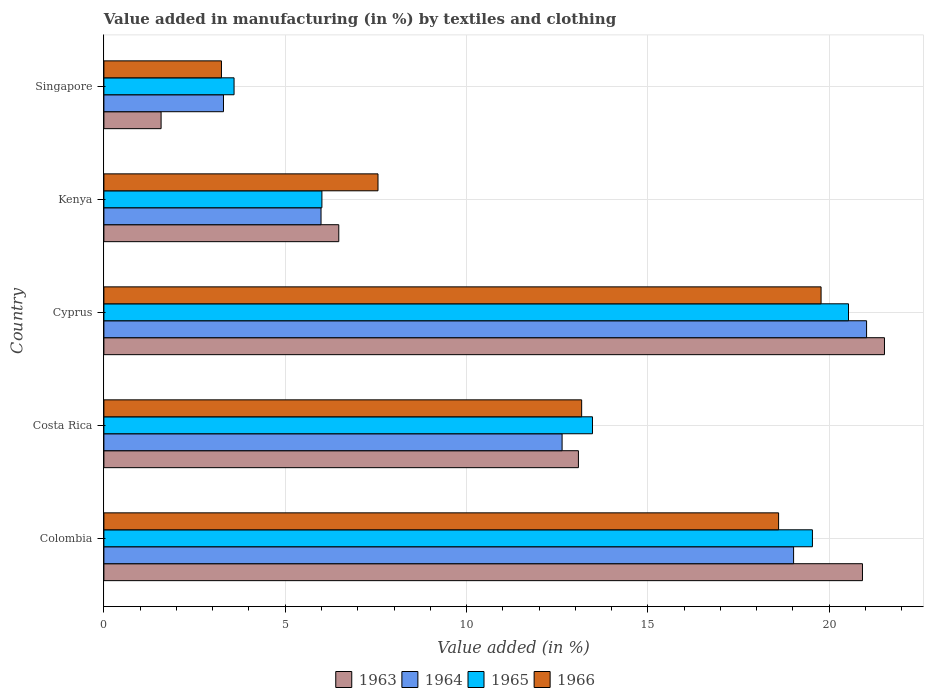
| Country | 1963 | 1964 | 1965 | 1966 |
 | --- | --- | --- | --- | --- |
 | Colombia | 20.9 | 19 | 19.5 | 18.6 |
 | Costa Rica | 13.1 | 12.6 | 13.5 | 13.2 |
 | Cyprus | 21.5 | 21 | 20.5 | 19.8 |
 | Kenya | 6.48 | 5.99 | 6.01 | 7.56 |
 | Singapore | 1.58 | 3.3 | 3.59 | 3.24 |